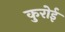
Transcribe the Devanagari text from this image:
कुरोई